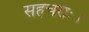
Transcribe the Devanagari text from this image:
सहचराः।